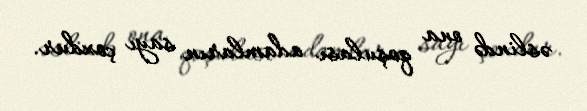
əslində ona qoşulası adamların sayı çoxdur.